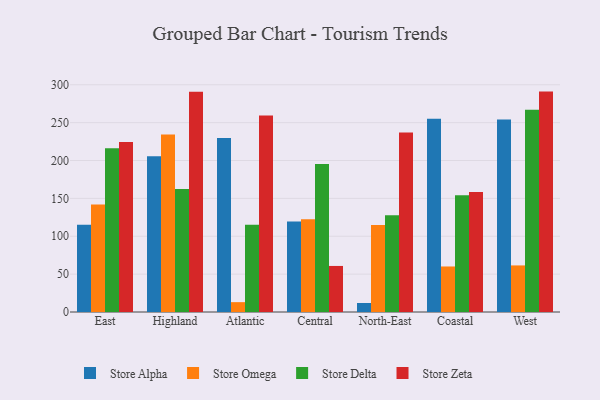
{"axis": {"x": "Region", "y": "Website Visitors"}, "legend": ["Store Alpha", "Store Delta", "Store Omega", "Store Zeta"], "data": [{"x": "East", "y": 115.2, "type": "Store Alpha"}, {"x": "East", "y": 141.8, "type": "Store Omega"}, {"x": "East", "y": 216.3, "type": "Store Delta"}, {"x": "East", "y": 224.4, "type": "Store Zeta"}, {"x": "Highland", "y": 205.5, "type": "Store Alpha"}, {"x": "Highland", "y": 234.4, "type": "Store Omega"}, {"x": "Highland", "y": 162.5, "type": "Store Delta"}, {"x": "Highland", "y": 290.7, "type": "Store Zeta"}, {"x": "Atlantic", "y": 229.9, "type": "Store Alpha"}, {"x": "Atlantic", "y": 13.0, "type": "Store Omega"}, {"x": "Atlantic", "y": 115.3, "type": "Store Delta"}, {"x": "Atlantic", "y": 259.6, "type": "Store Zeta"}, {"x": "Central", "y": 119.5, "type": "Store Alpha"}, {"x": "Central", "y": 122.3, "type": "Store Omega"}, {"x": "Central", "y": 195.4, "type": "Store Delta"}, {"x": "Central", "y": 60.8, "type": "Store Zeta"}, {"x": "North-East", "y": 11.9, "type": "Store Alpha"}, {"x": "North-East", "y": 114.9, "type": "Store Omega"}, {"x": "North-East", "y": 127.8, "type": "Store Delta"}, {"x": "North-East", "y": 237.0, "type": "Store Zeta"}, {"x": "Coastal", "y": 255.1, "type": "Store Alpha"}, {"x": "Coastal", "y": 60.1, "type": "Store Omega"}, {"x": "Coastal", "y": 154.2, "type": "Store Delta"}, {"x": "Coastal", "y": 158.6, "type": "Store Zeta"}, {"x": "West", "y": 254.3, "type": "Store Alpha"}, {"x": "West", "y": 61.5, "type": "Store Omega"}, {"x": "West", "y": 267.2, "type": "Store Delta"}, {"x": "West", "y": 291.0, "type": "Store Zeta"}]}